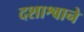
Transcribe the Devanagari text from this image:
दशाश्वाने